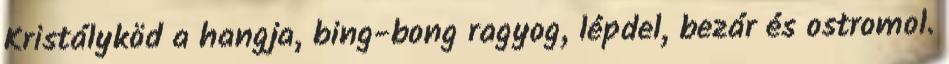
Kristályköd a hangja, bing-bong ragyog, lépdel, bezár és ostromol.